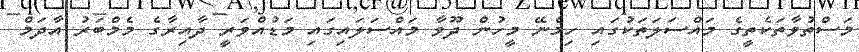
މަސްތުވާތަކެތީގެ މައްސަލަތަކުގައި ހިމެނޭ މީހުން ދޫވާ މައްސަލައިގައި މަޑުއްވަރީ ދާއިރާގެ މެމްބަރު އާދަމް